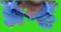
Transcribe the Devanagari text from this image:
व्रम्ह